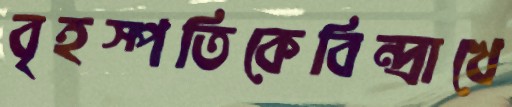
বৃহস্পতিকেবিন্দ্রাখে